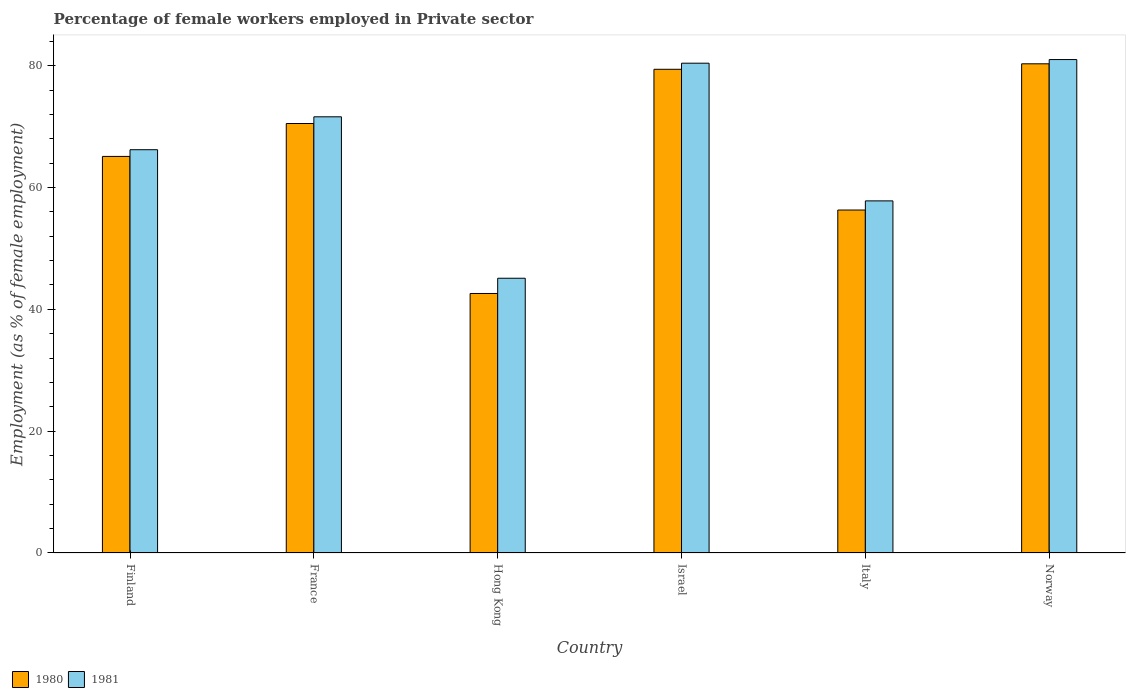
| Country | 1980 | 1981 |
 | --- | --- | --- |
 | Finland | 65.1 | 66.2 |
 | France | 70.5 | 71.6 |
 | Hong Kong | 42.6 | 45.1 |
 | Israel | 79.4 | 80.4 |
 | Italy | 56.3 | 57.8 |
 | Norway | 80.3 | 81 |